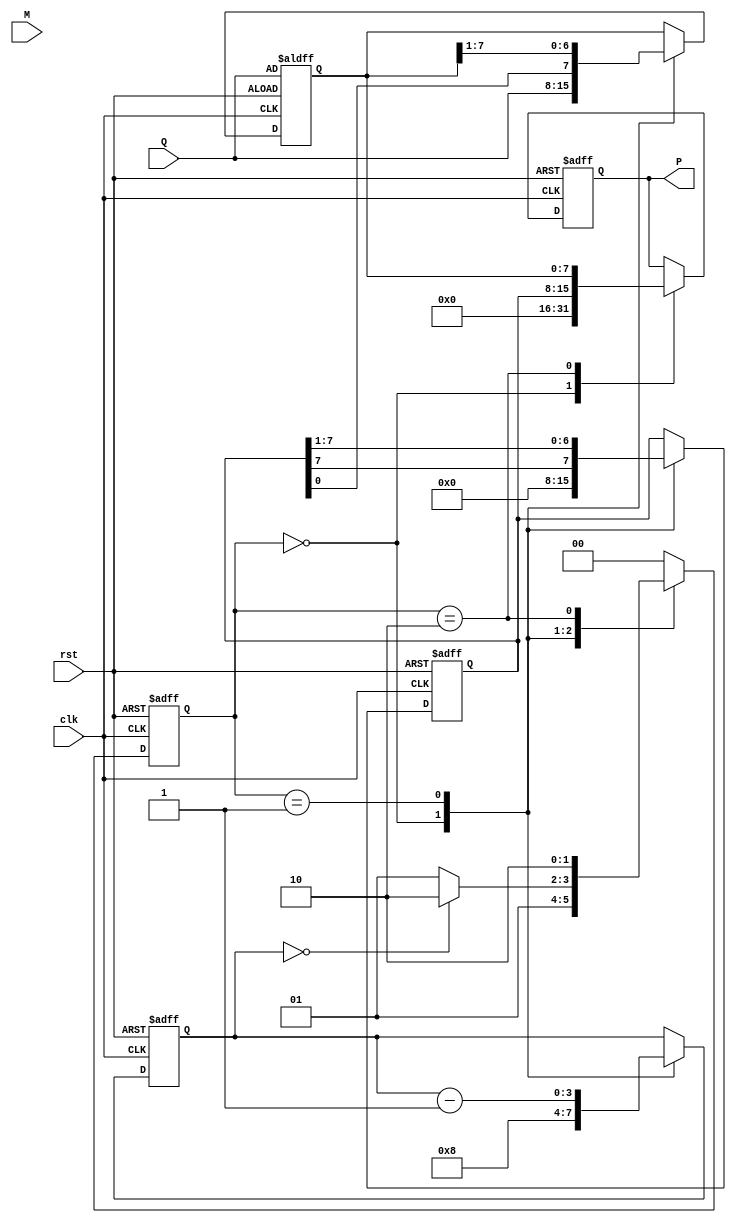
module modified_booth_multiplier #(
    parameter WIDTH = 8 // Width of the input operands
)(
    input wire clk,
    input wire rst,
    input wire [WIDTH-1:0] M, // Multiplicand
    input wire [WIDTH-1:0] Q, // Multiplier
    output reg [2*WIDTH-1:0] P // Product
);

    reg [WIDTH-1:0] A; // Accumulator
    reg [WIDTH-1:0] Q_reg; // Multiplier register
    reg Q_1; // Previous bit of the multiplier
    reg [3:0] count; // Counter for iterations

    // Control states
    localparam IDLE = 2'b00,
               PROCESS = 2'b01,
               DONE = 2'b10;
    reg [1:0] state, next_state;

    // Booth encoding and partial product generation
    always @(posedge clk or posedge rst) begin
        if (rst) begin
            A <= 0;
            Q_reg <= Q;
            Q_1 <= 0;
            P <= 0;
            count <= 0;
            state <= IDLE;
        end else begin
            state <= next_state;
            case (state)
                IDLE: begin
                    // Initialize values
                    A <= 0;
                    Q_reg <= Q;
                    Q_1 <= 0;
                    P <= 0;
                    count <= WIDTH; // Number of bits to process
                end
                PROCESS: begin
                    case ({Q_reg[0], Q_1})
                        2'b00: begin
                            // No action
                        end
                        2'b01: begin
                            // Add M
                            A <= A + M;
                        end
                        2'b10: begin
                            // Subtract M
                            A <= A - M;
                        end
                        2'b11: begin
                            // No action
                        end
                    endcase

                    // Arithmetic right shift
                    {A, Q_reg} <= {A[WIDTH-1], A, Q_reg} >> 1;
                    Q_1 <= Q_reg[0]; // Update Q-1
                    count <= count - 1;
                end
                DONE: begin
                    // Store result
                    P <= {A, Q_reg}; // Final product
                end
            endcase
        end
    end

    // Next state logic
    always @(*) begin
        case (state)
            IDLE: next_state = PROCESS;
            PROCESS: begin
                if (count == 0)
                    next_state = DONE;
                else
                    next_state = PROCESS;
            end
            DONE: next_state = DONE; // Stay in DONE state
            default: next_state = IDLE;
        endcase
    end

endmodule